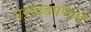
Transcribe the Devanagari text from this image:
परखडपणाचे